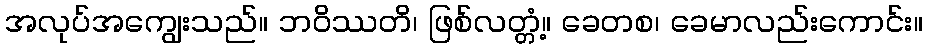
အလုပ်အကျွေးသည်။ ဘဝိဿတိ၊ ဖြစ်လတ္တံ့။ ခေတစ၊ ခေမာလည်းကောင်း။